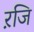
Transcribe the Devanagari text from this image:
ऱजि